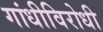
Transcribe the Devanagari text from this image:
गांधीविरोधी